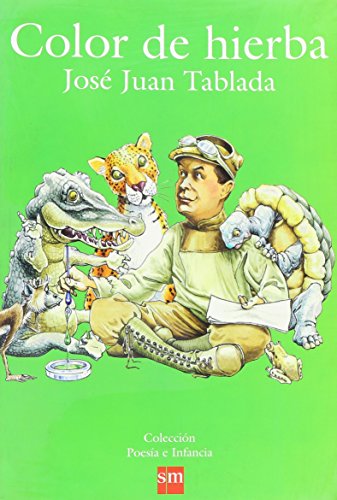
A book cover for Color de Hierba / Color of grass (Poesia E Infancia / Poetry and Infancy); Jose Juan Tablada; Teen & Young Adult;